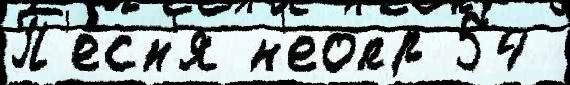
П'е́сн'я н'еопр 54